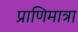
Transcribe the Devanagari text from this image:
प्राणिमात्रा